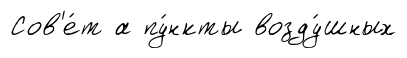
Сов'е́т а пу́нкты возду́шных